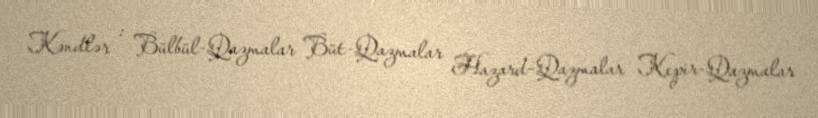
Kəndlər : Bülbül-Qazmalar Büt-Qazmalar Hazard-Qazmalar Kepir-Qazmalar